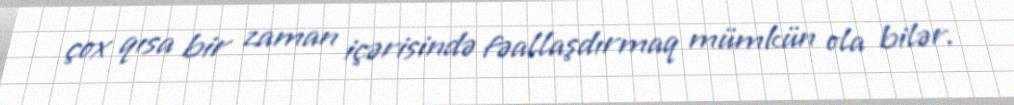
çox qısa bir zaman içərisində fəallaşdırmaq mümkün ola bilər.